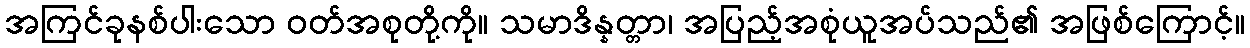
အကြင်ခုနစ်ပါးသော ဝတ်အစုတို့ကို။ သမာဒိန္နတ္တာ၊ အပြည့်အစုံယူအပ်သည်၏ အဖြစ်ကြောင့်။